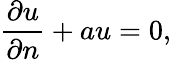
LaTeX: {\frac{\partial u}{\partial n}}+au=0,